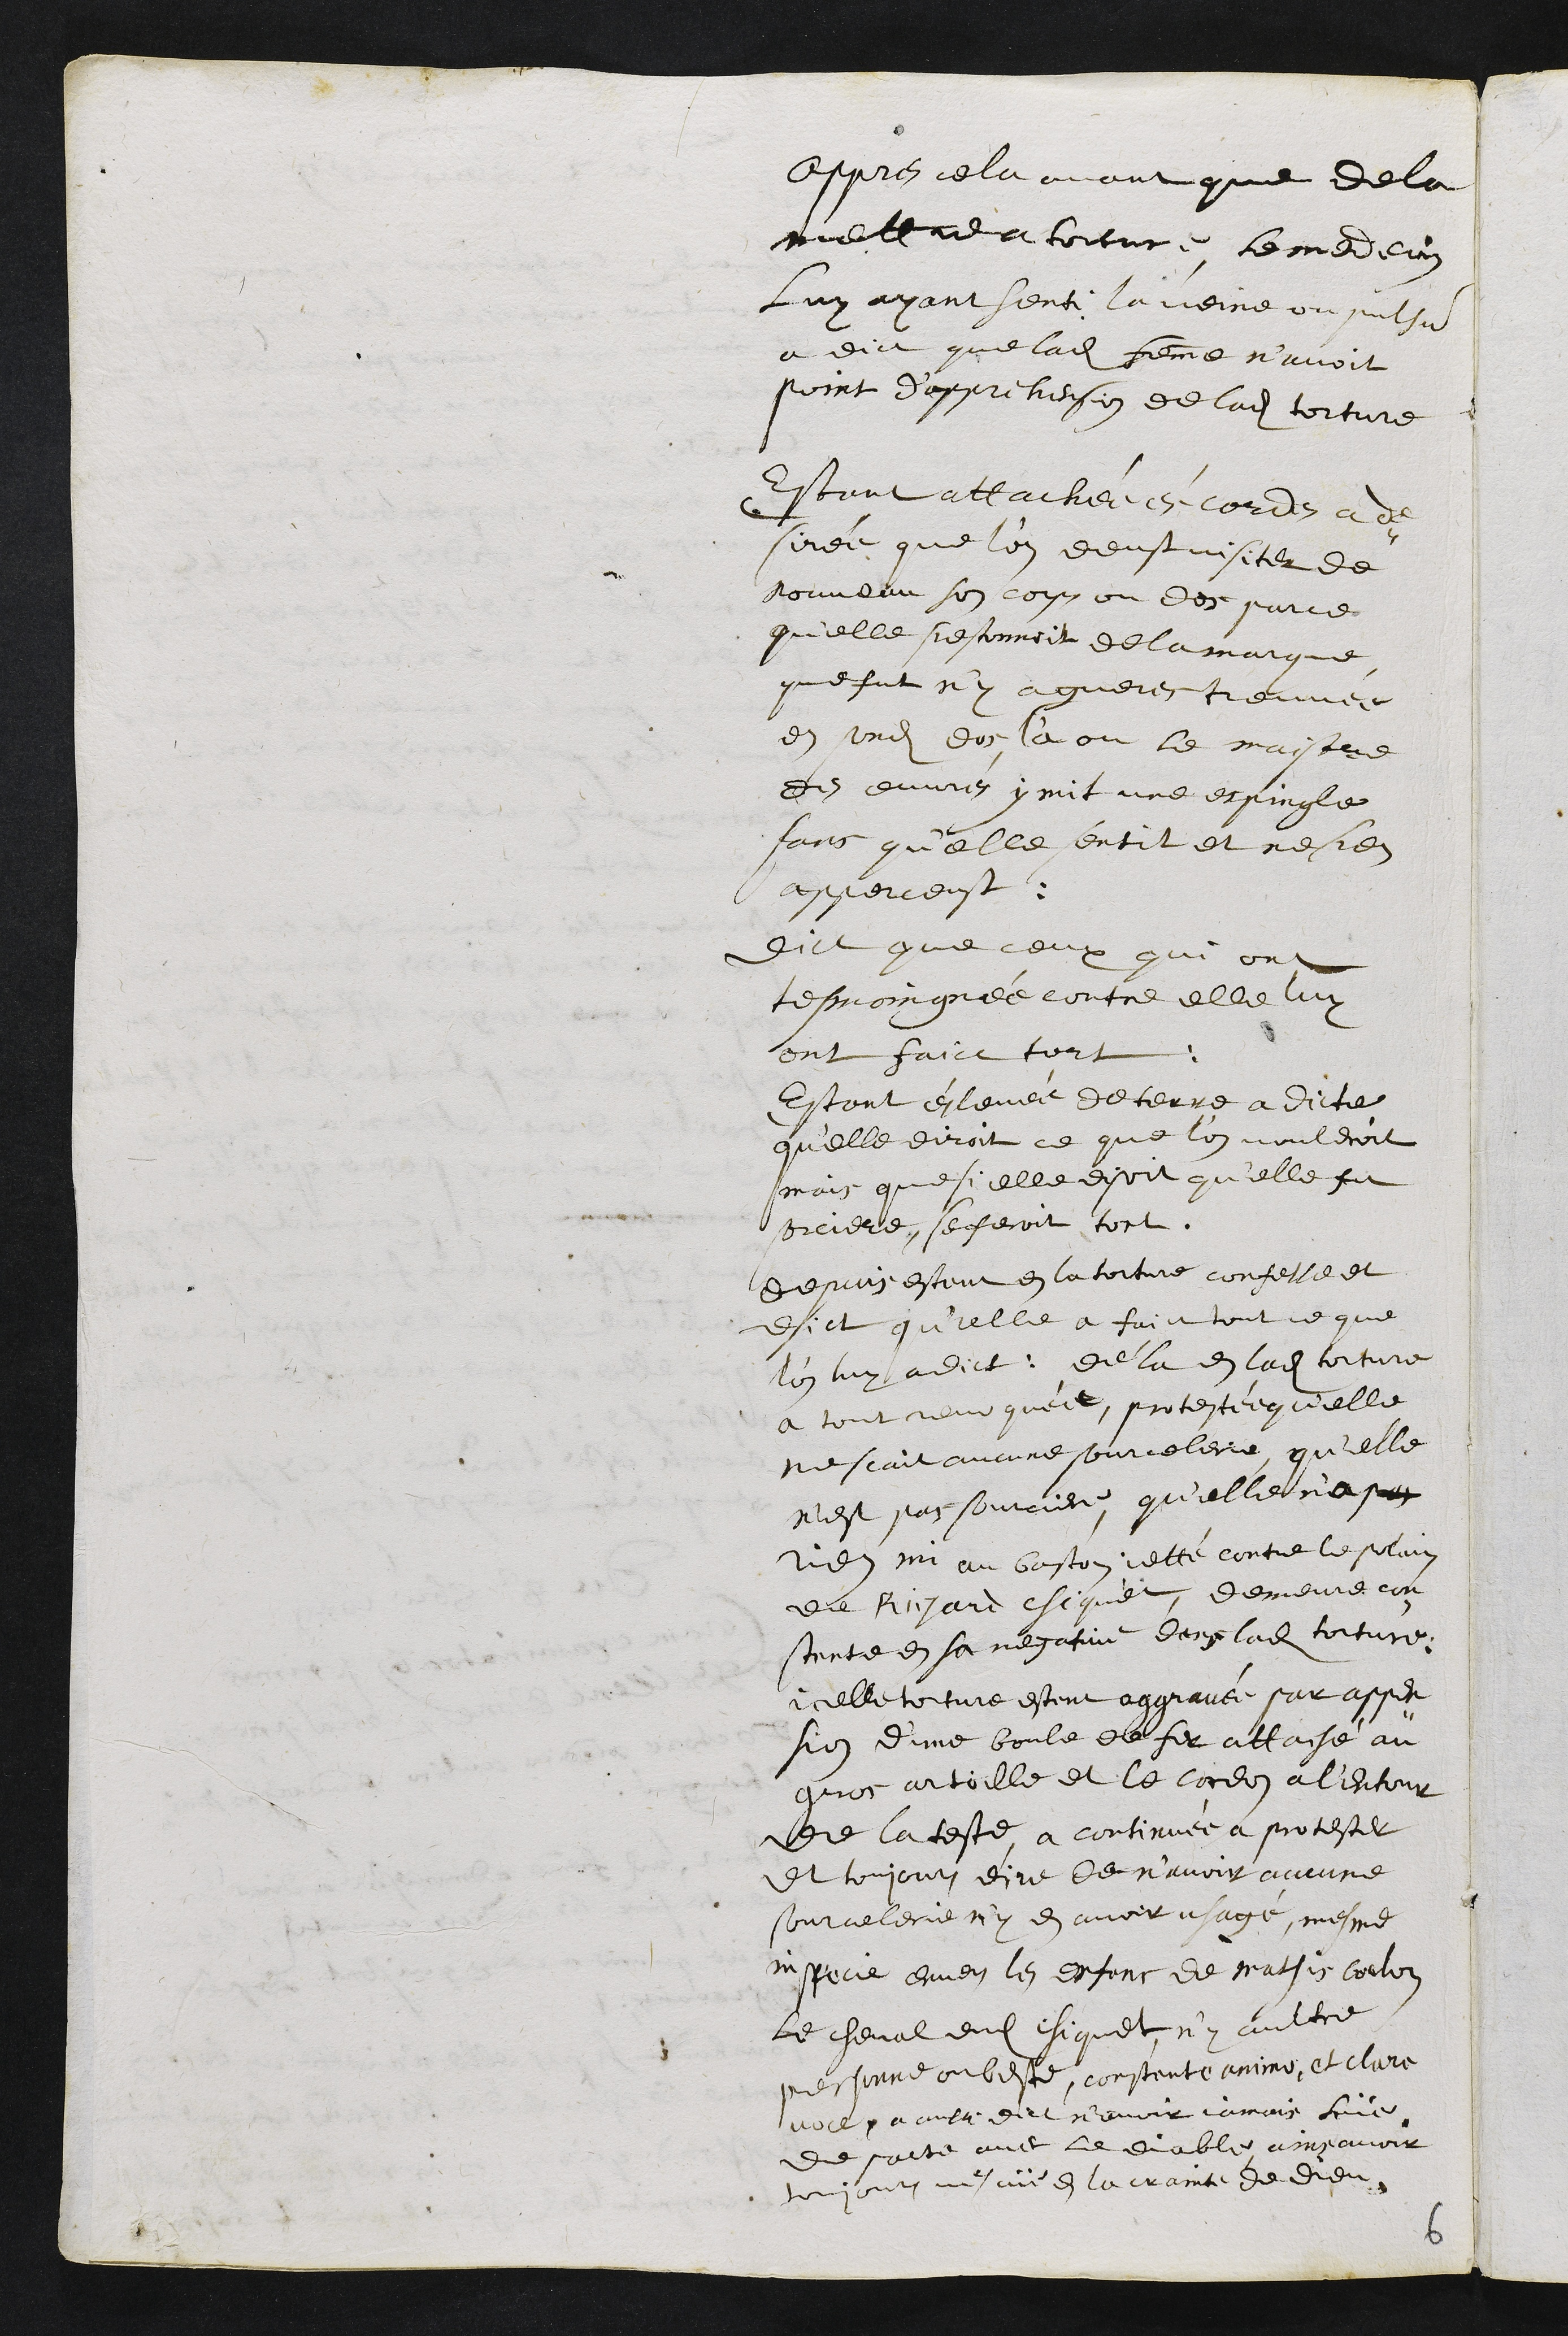
Appres cela avant que de la
mettre a torture le medecin
Luy ayant senti la veine ou pulsum
a dict que ladite femme n'avoit
point dapprehension de ladite torture
Estant attachée ès cordes a de¬
sirée que l'on deust visiter de
nouveau son corps ou dos parce
qu'elle sestonnoit de la marque
que fut n'y a gueres treuvée
en sondit dos, là ou le maistre
des euvres y mit une espingle
sans qu'elle sentit et ne sen
apperceust
Dict que ceux qui ont
tesmoingnée contre elle luy
ont faict tort
Estant éslevée de terre a dicte
qu'elle diroit ce que l'on vouldroit
mais que si elle disoit qu'elle fut
sorciere, se feroit tort.
depuis estant en la torture confesse et
Dict qu'elle a faict tout ce que
l'on luy adict. dé la en ladite torture
a tout revoqué et protestée qu'elle
ne scait aucune sourcelerie, qu'elle
n'est par sourciere, qu'elle n’a pas
rien mi au baston jetté contre le polain
de Richard chiquet, demeure con-
stente en sa negative dans ladite torture.
icelle torture estent aggravée par appen-
sion d'une boule de fer attaché au
gros ortoille et le cordon a l'entour
de la teste, a continuée a protester
et toujours dire de navoir aucune
sourcelerie ny en avoir usagé, mesme
in specie envers les enfans de mathis coulon
le cheval dudit chiquet, ny aultre
personne ou beste, constante animo, et clare
voce a aussi dit n'avoir jamais lüe
de pacte avec le diable ains avoir
toujours vescüe en la crainte de Dieu
6